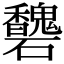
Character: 𥗶